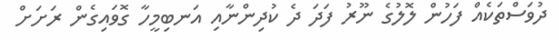
ދުވަސްތަކެއް ފަހުން ލޮލުގެ ނޫރު ފަދަ ދެ ކުދިންނާއި އަނބިމީހާ ގޮވައިގެން ރަށަށް